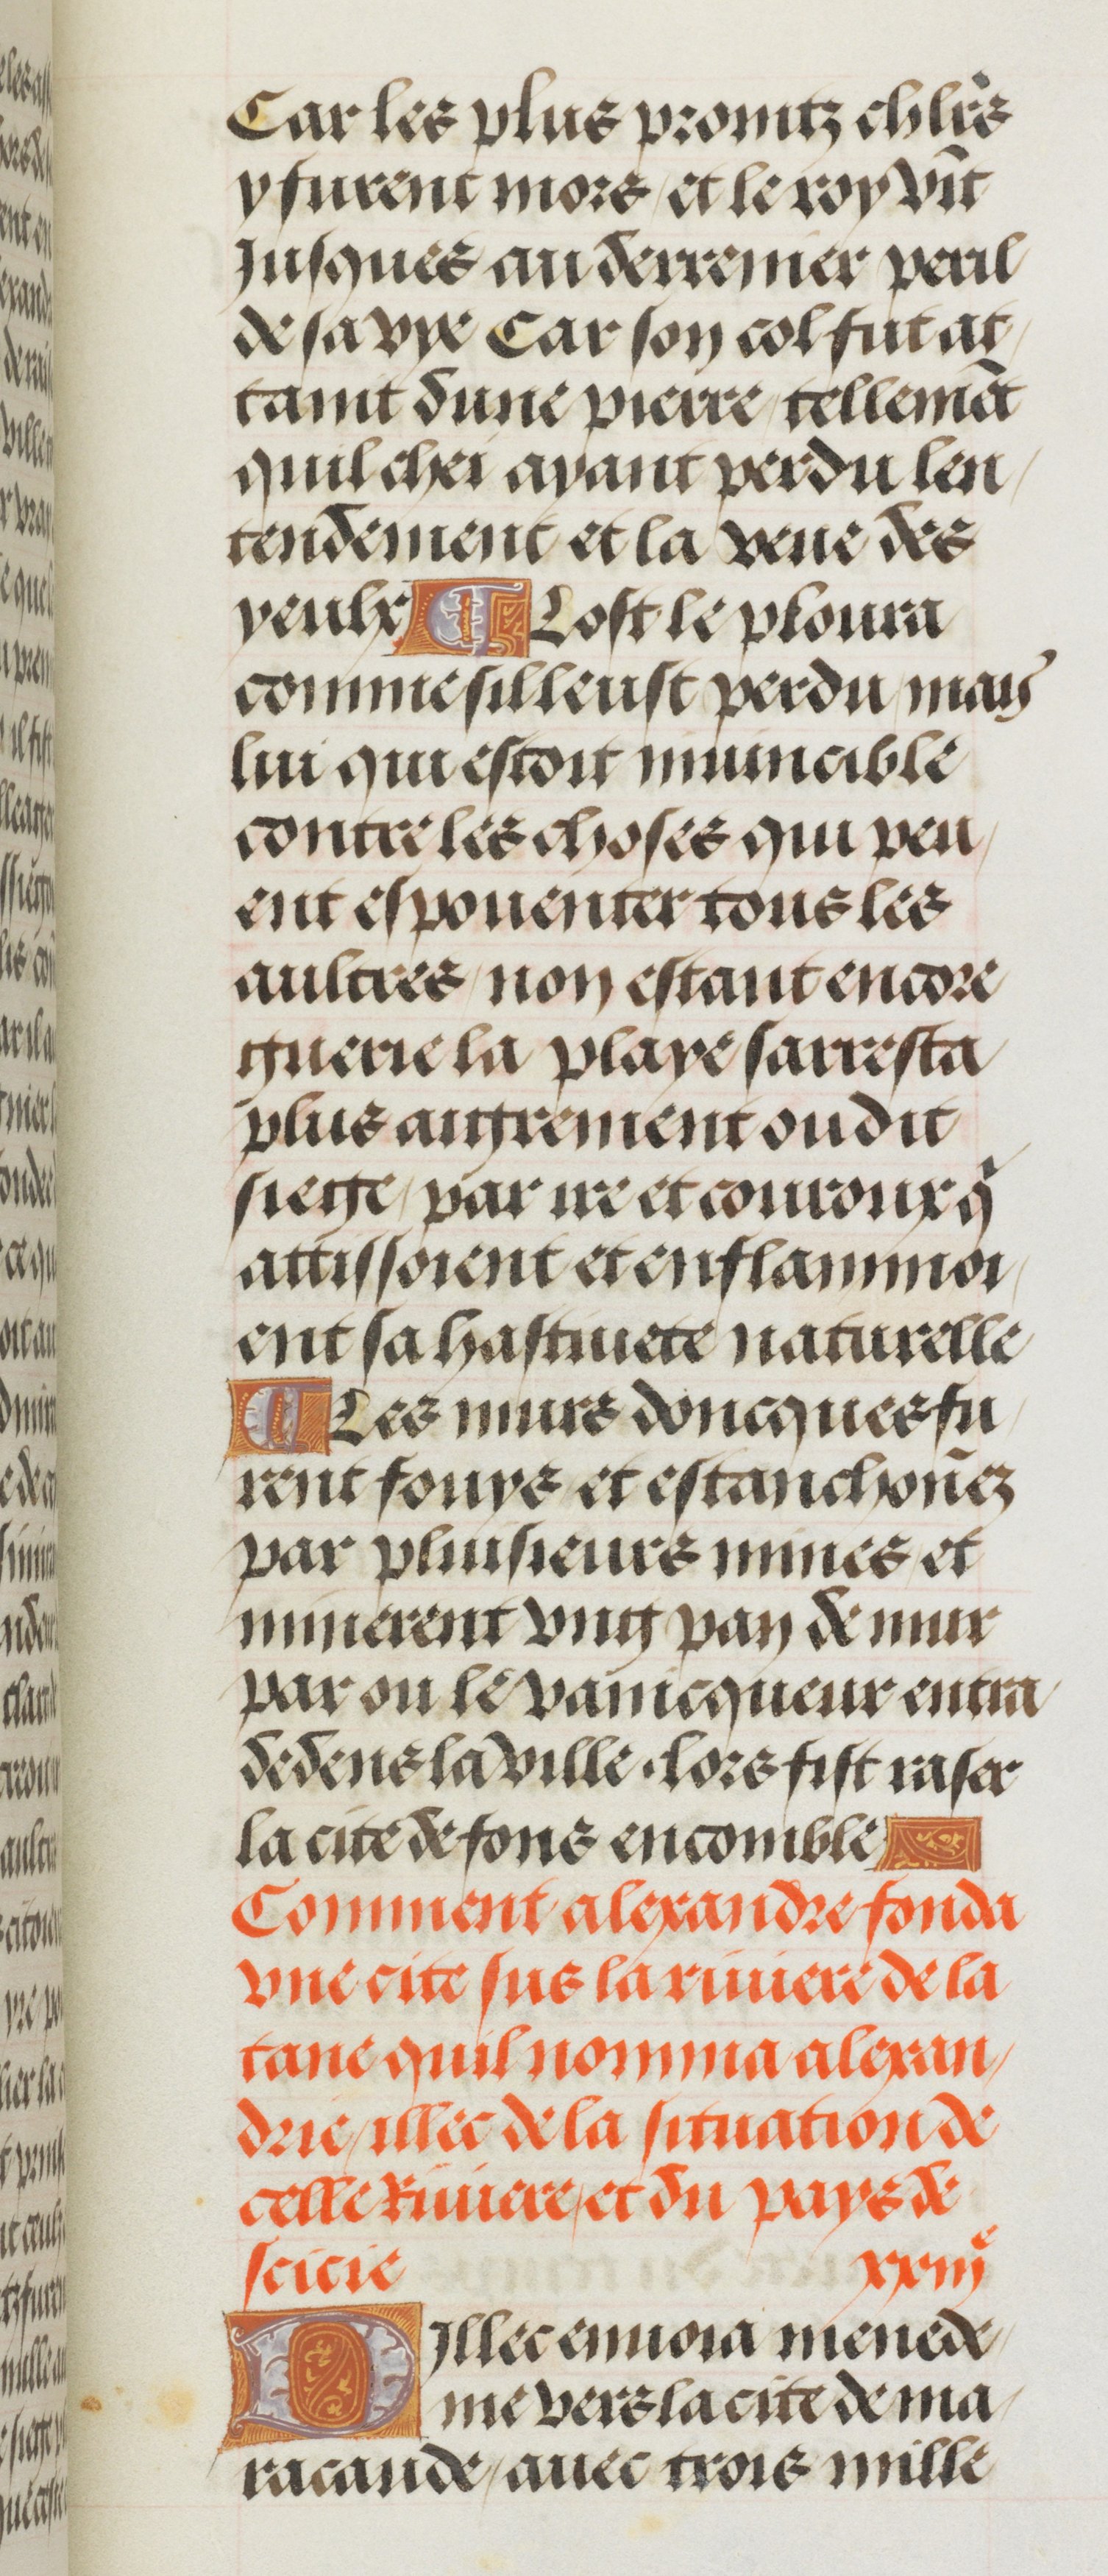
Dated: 1460–1515